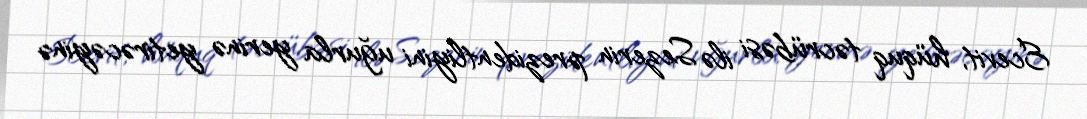
Ecevit, hüquq təcrübəsi ilə Sezerin prezidentliyini uğurla yerinə yetirəcəyinə